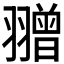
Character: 𦒗